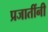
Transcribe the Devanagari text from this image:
प्रजातींनी